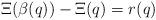
LaTeX: \begin{align*}\Xi(\beta(q))-\Xi(q)=r(q)\end{align*}